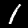
Label: 1